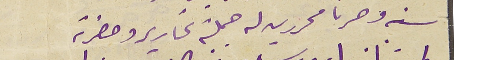
سنه وصرنا محررين له جملة تحارير وحضرته